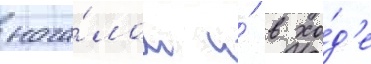
нача́лом и́ в хо́д'е